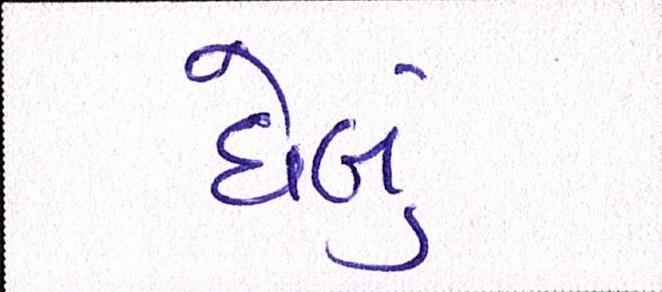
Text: ઘેલું